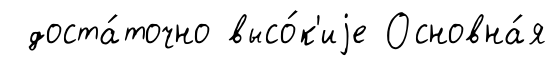
доста́точно высо́к'иjе Основна́я